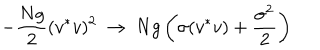
LaTeX: - { \frac { N g } { 2 } } ( v ^ { * } v ) ^ { 2 } \ \to \ N g \left( \sigma ( v ^ { * } v ) + { \frac { \sigma ^ { 2 } } { 2 } } \right)